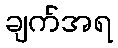
ချက်အရ